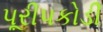
પૂરીપકોડી